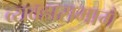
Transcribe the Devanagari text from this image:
व्यवहारामागे